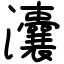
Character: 灢